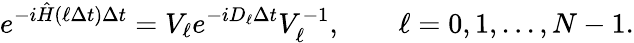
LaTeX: e^{-i\hat{H}(\ell\Delta t)\Delta t}=V_{\ell}e^{-iD_{\ell}\Delta t}V_{\ell}^{-1},\qquad\ell=0,1,...,N-1.